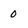
Character: 0